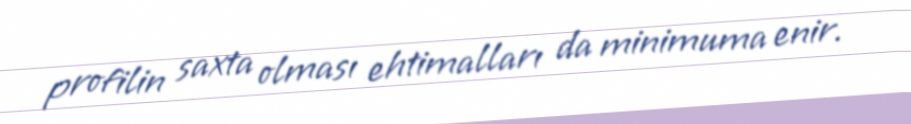
profilin saxta olması ehtimalları da minimuma enir.